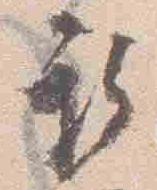
取